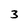
Character: 3